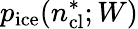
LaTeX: p_{\mathrm{ice}}(n_{\mathrm{cl}}^{\ast};W)